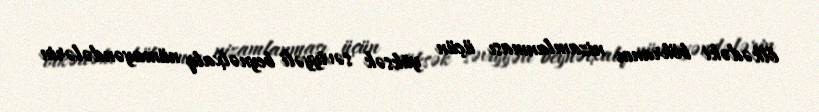
ölkədəki böhranın nizamlanması üçün yüksək səviyyəli beynəlxalq nümayəndələrin